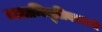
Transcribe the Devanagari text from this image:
व्यालम्बिचूलिकारत्नो